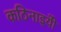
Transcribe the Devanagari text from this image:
कठिनाइयोें